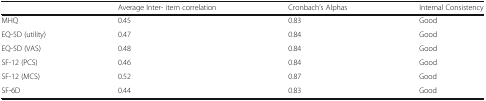
<table><thead><tr><td></td><td><b>Average Inter- item correlation</b></td><td><b>Cronbach’s Alphas</b></td><td><b>Internal Consistency</b></td></tr></thead><tbody><tr><td>MHQ</td><td>0.45</td><td>0.83</td><td>Good</td></tr><tr><td>EQ-5D (utility)</td><td>0.47</td><td>0.84</td><td>Good</td></tr><tr><td>EQ-5D (VAS)</td><td>0.48</td><td>0.84</td><td>Good</td></tr><tr><td>SF-12 (PCS)</td><td>0.46</td><td>0.84</td><td>Good</td></tr><tr><td>SF-12 (MCS)</td><td>0.52</td><td>0.87</td><td>Good</td></tr><tr><td>SF-6D</td><td>0.44</td><td>0.83</td><td>Good</td></tr></tbody></table>